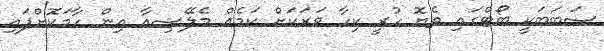
ސަބަބަކީ ބޯޓްގައި ތެޔޮ ހުރީ ކިހާ ވަރަކަށް ކަމެއް މެލޭޝިއާ އިން ހާމަކޮށްފައި